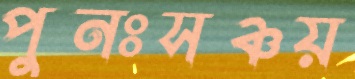
পুনঃসঞ্চয়